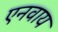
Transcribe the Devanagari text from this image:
एनवाय